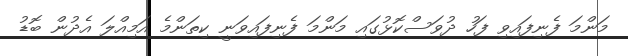
މަންމަ ފެނިފައިވި ފަހު ދުވަސްކޮޅުގައި މަންމަ ފެނިފައިވަނީ ކިތަންމެ އަމިއްލަ އެދުން ބޮޑު